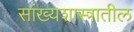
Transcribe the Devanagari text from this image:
सांख्यशास्त्रातील